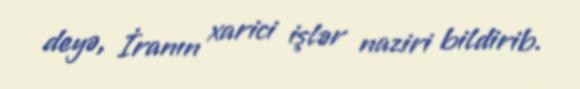
deyə, İranın xarici işlər naziri bildirib.